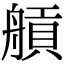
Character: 𦩼